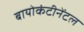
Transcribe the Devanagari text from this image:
बायोकंटीनेंटल